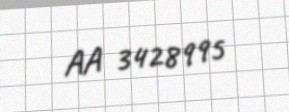
AA 3428995